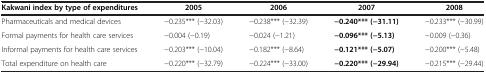
<table><thead><tr><td><b>Kakwani index by type of expenditures</b></td><td><b>2005</b></td><td><b>2006</b></td><td><b>2007</b></td><td><b>2008</b></td></tr></thead><tbody><tr><td>Pharmaceuticals and medical devices</td><td>−0.235*** (−32.03)</td><td>−0.238*** (−32.39)</td><td><b>−0.240*** (−31.11)</b></td><td>−0.233*** (−30.99)</td></tr><tr><td>Formal payments for health care services</td><td>−0.004 (−0.19)</td><td>−0.024 (−1.21)</td><td><b>−0.096*** (−5.13)</b></td><td>−0.009 (−0.36)</td></tr><tr><td>Informal payments for health care services</td><td>−0.203*** (−10.04)</td><td>−0.182*** (−8.64)</td><td><b>−0.121*** (−5.07)</b></td><td>−0.200*** (−5.48)</td></tr><tr><td>Total expenditure on health care</td><td>−0.220*** (−32.79)</td><td>−0.224*** (−33.00)</td><td><b>−0.220*** (−29.94)</b></td><td>−0.215*** (−29.44)</td></tr></tbody></table>